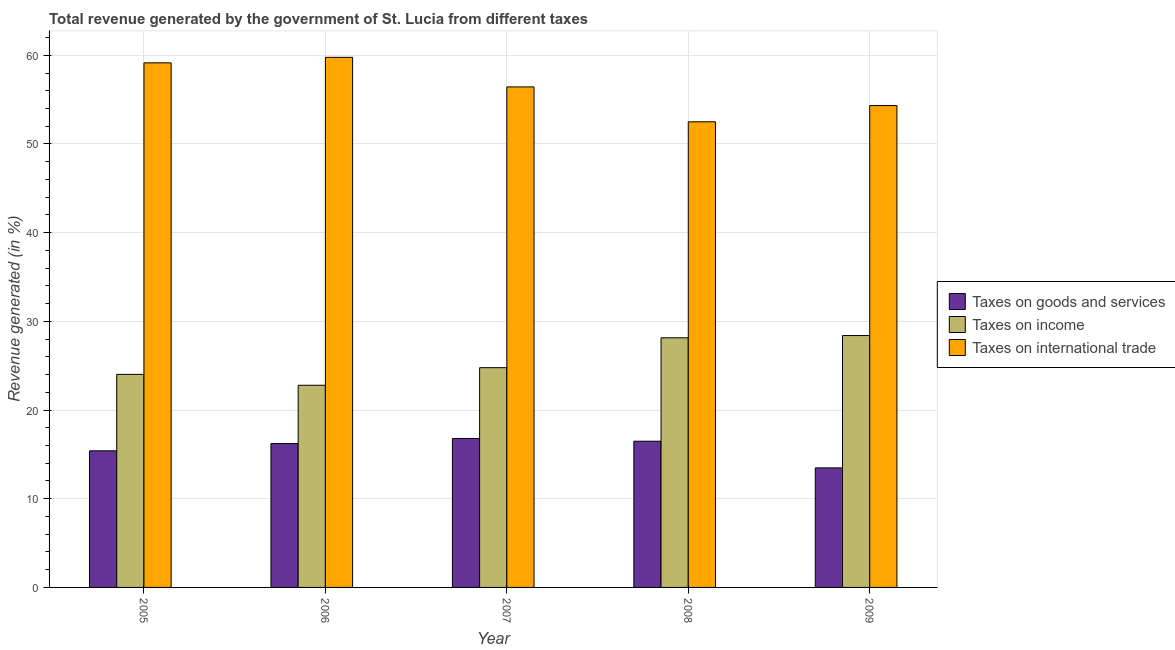
| Year | Taxes on goods and services | Taxes on income | Taxes on international trade |
 | --- | --- | --- | --- |
 | 2005 | 15.4 | 24 | 59.1 |
 | 2006 | 16.2 | 22.8 | 59.8 |
 | 2007 | 16.8 | 24.8 | 56.4 |
 | 2008 | 16.5 | 28.1 | 52.5 |
 | 2009 | 13.5 | 28.4 | 54.3 |